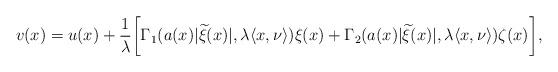
LaTeX: \begin{align*}v(x) = u(x)+\frac{1}{\lambda}\bigg[\Gamma_1(a(x)|\widetilde \xi(x)|,\lambda \langle x,\nu\rangle)\xi(x) + \Gamma_2(a(x)|\widetilde \xi(x)|,\lambda \langle x,\nu\rangle)\zeta(x)\bigg],\end{align*}